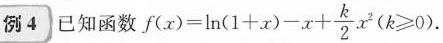
例4 已知函数$$f(x)= \ln(1+x)-x+ \frac{k}{2}x^{2}(k\leqslant 0)$$.